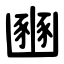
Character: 豳